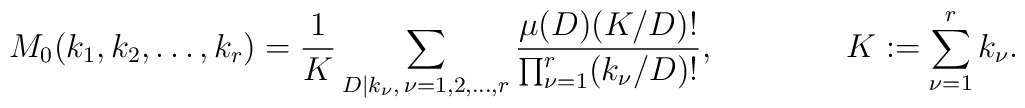
M_0(k_1,k_2,\dots,k_r)  =  \frac1{K} \sum_{D|k_\nu ,\, \nu=1,2,\dots,r}    \frac{\mu(D) (K/D)!}{\prod_{\nu=1}^r (k_\nu /D)!}  ,\qquad\qquad    K  :=  \sum_{\nu=1}^r k_\nu .